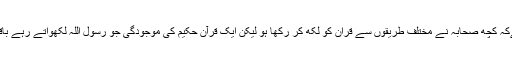
ایسا ضرور ممکن ہےکہ کچھ صحابہ نے مختلف طریقوں سے قران کو لکھ کر رکھا ہو لیکن ایک قرآن حکیم کی موجودگی جو رسول اللہ لکھواتے رہے باقاعدگی سے ملتی ہے۔